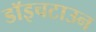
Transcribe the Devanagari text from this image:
डॉइचटाउन